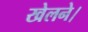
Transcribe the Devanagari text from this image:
खेलने।